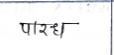
मजकूर: पारध